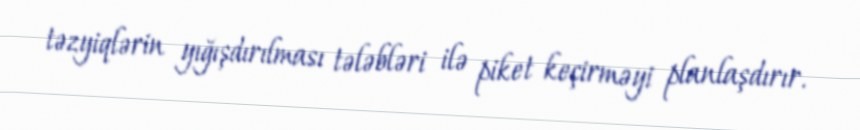
təzyiqlərin yığışdırılması tələbləri ilə piket keçirməyi planlaşdırır.